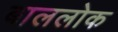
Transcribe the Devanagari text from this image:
बाललोक